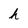
Character: h